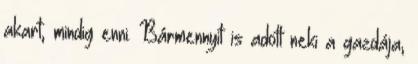
akart, mindig enni. Bármennyit is adott neki a gazdája,